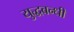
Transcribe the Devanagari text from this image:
युद्धबन्धी